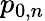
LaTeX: p_{0,n}